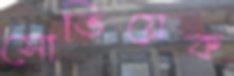
সোভিয়েক